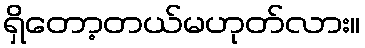
ရှိတော့တယ်မဟုတ်လား။